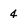
Character: 4